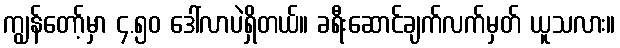
ကျွန်တော့်မှာ ၄.၅၀ ဒေါ်လာပဲရှိတယ်။ ခရီးဆောင်ချက်လက်မှတ် ယူသလား။